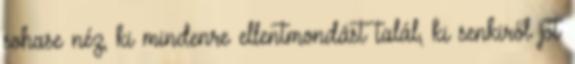
sohase néz, ki mindenre ellentmondást talál, ki senkiről jót